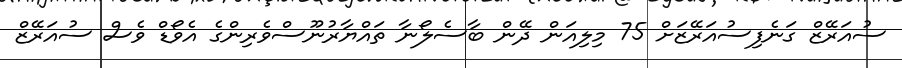
ސުއަރޭޒް ގަނެފިސުއަރޭޒަށް 75 މިލިއަން ދޭން ބާސެލޯނާ ތައްޔާރުނޫސްވެރިންގެ އެވޯޑް ވެސް ސުއަރޭޒް